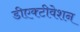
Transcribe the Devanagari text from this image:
डीएक्टीवेशन